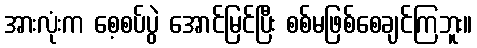
အားလုံးက စေ့စပ်ပွဲ အောင်မြင်ပြီး စစ်မဖြစ်စေချင်ကြဘူး။